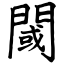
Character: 閾